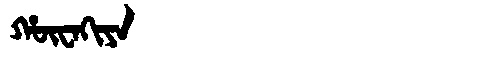
Manchu: ᡥᡡᠸᠠᡴᡳᠶᠠ
Romanization: HŪWAKIYA